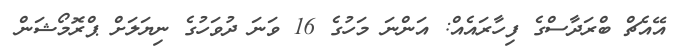
އޭއެޗް ބްރަދާސްގެ ފިހާރައެއް: އަންނަ މަހުގެ 16 ވަނަ ދުވަހުގެ ނިޔަލަށް ޕްރޮމޯޝަން